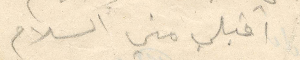
اقبلي مني السلام